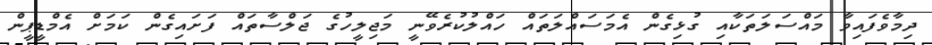
ދިމާވެފައިވާ މައްސަލަތަކާއި ގުޅިގެން އެމަސައްލަތައް ހައްލުކުރެވޭނީ މަޖިލީހުގެ ޖަލްސާތައް ފަށައިގެން ކަމަށް އެމްޑީޕީން